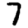
Digit: 7